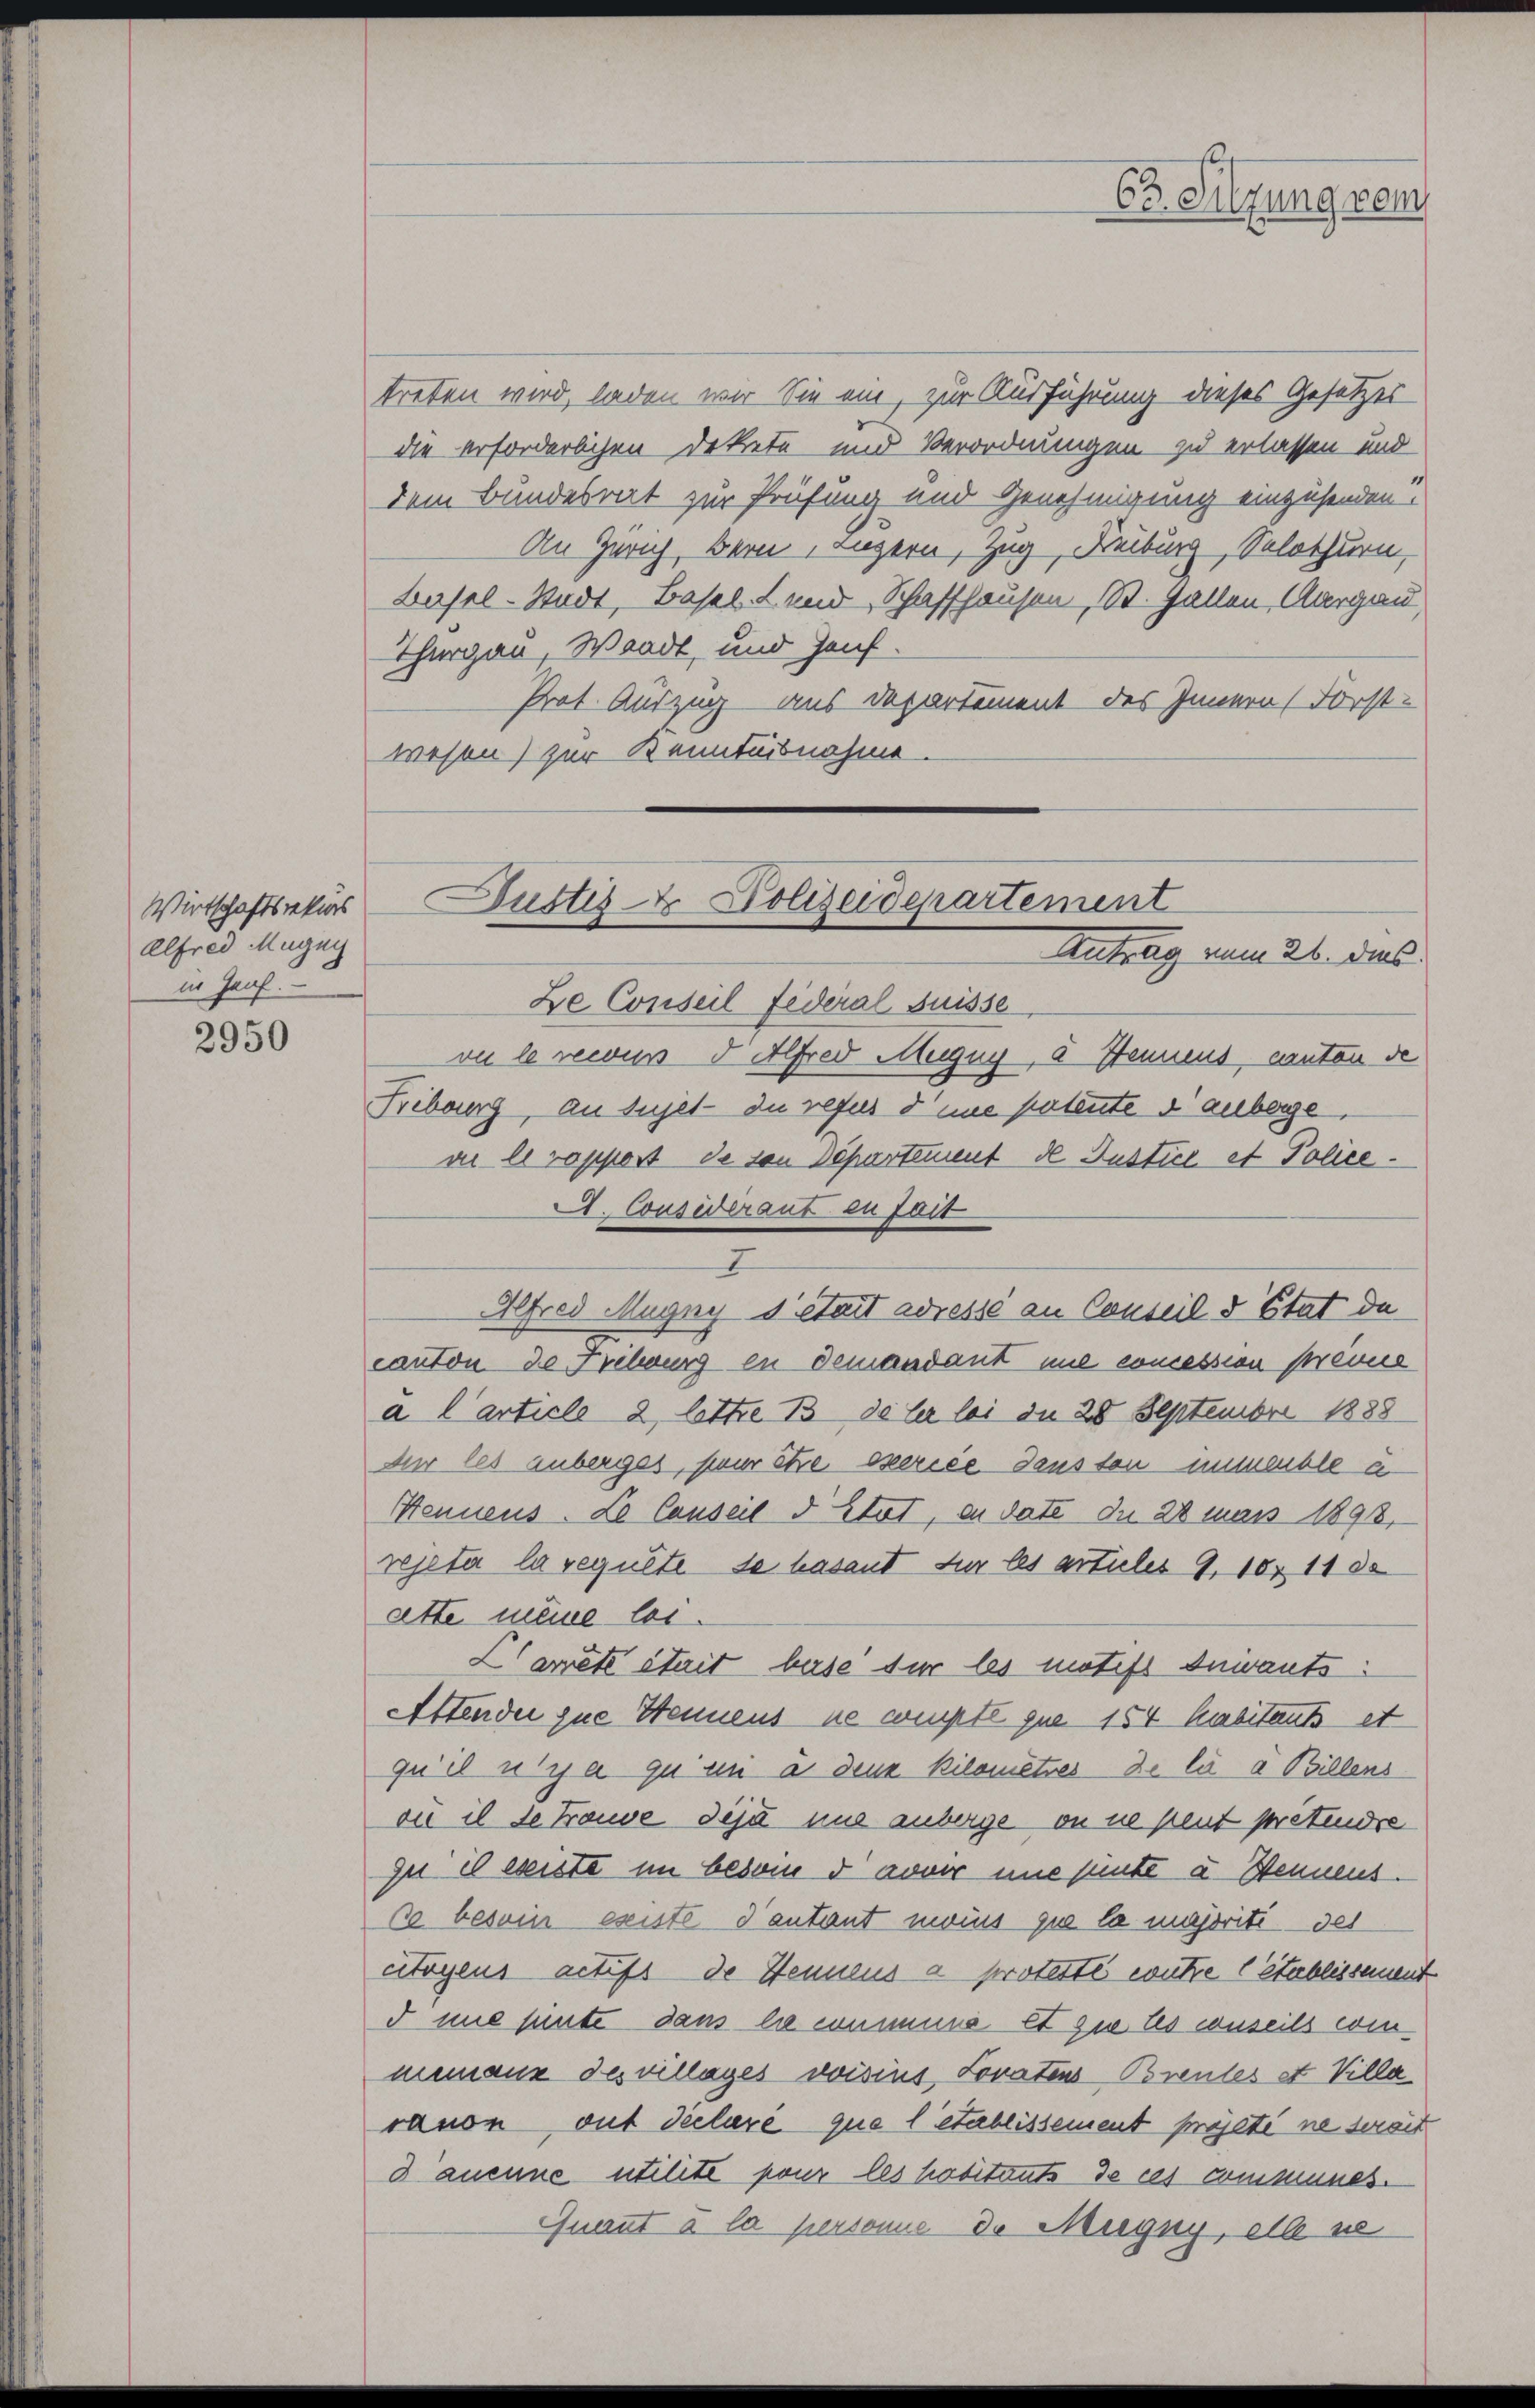
Wirtschaftsrekurs
Alfred Mugny
in Hauf.

2950

treten wird, laden wir Sie ein, zur Ausführung dieses Gesetzes
die erforderlichen Dekrete und Verordnungen zu erlassen und
dem Bundesrat zur Prüfung und Genehmigung einzusenden.
An Zürich, Bern, angern, Zug, Freiburg, Solothurn,
Basel-Stadt, Basel. Lund Schaffhausen St. Gallen, Aargau,
Thurgau, Waadt, und Zauf.
Prot. Auszug aus Departement des Innern Forst-
wesen) zur Kenntnisnahme.
Ze Conseil Federal Suisse
vo le recus 5 Alfred Mugug, u Stennens, canten de
Fribourg, an Sujet du refus dene patente sauberge,
a le rappost de von Departement de Justice et Police¬
A. Considéraut zu fait
Alfred Mugnys était adresse an Conseil & Etat da
canton de Fribourg in demandant une concession prevue
a Carticle 2, lette B deler bei die 28 September 1888
Für les anberges, sieur être exercée dans ton immeuble a
Hennens. Le Conseil d Etat, in date du 28 mass 1893,
rejeter la reguete, da hasant sur les artules 9. 1011 80
atte meine lei¬
L’arrêté était beise für les motifs Iniants:
Attender zue Stennens ne compte que 154 habitants et
qu’il n’y a qu’un a denk Kilometer de la a Billens
ou il de Traude dise une anberge, on ne peut pretendre
zu is esente im besoie d avver une hinte u. Sennens.
6 besoin esisté d’autant moins que la majorité des
citoyens actifs de Sennens a proteste entre l établissement
5 nie heute dans le cumme et sie les conseils ein
neinaus des villages voisins Soratens Brentes et Villa
rauen, out declare que letablissement präjeté ne serait
3anenne utilité pour les habitants de ces communes.
Quant à la personne de Migny, elle se

Justiz- & Polizeidepartement
Antrag vom 26. das

2

63. Sitzung gem